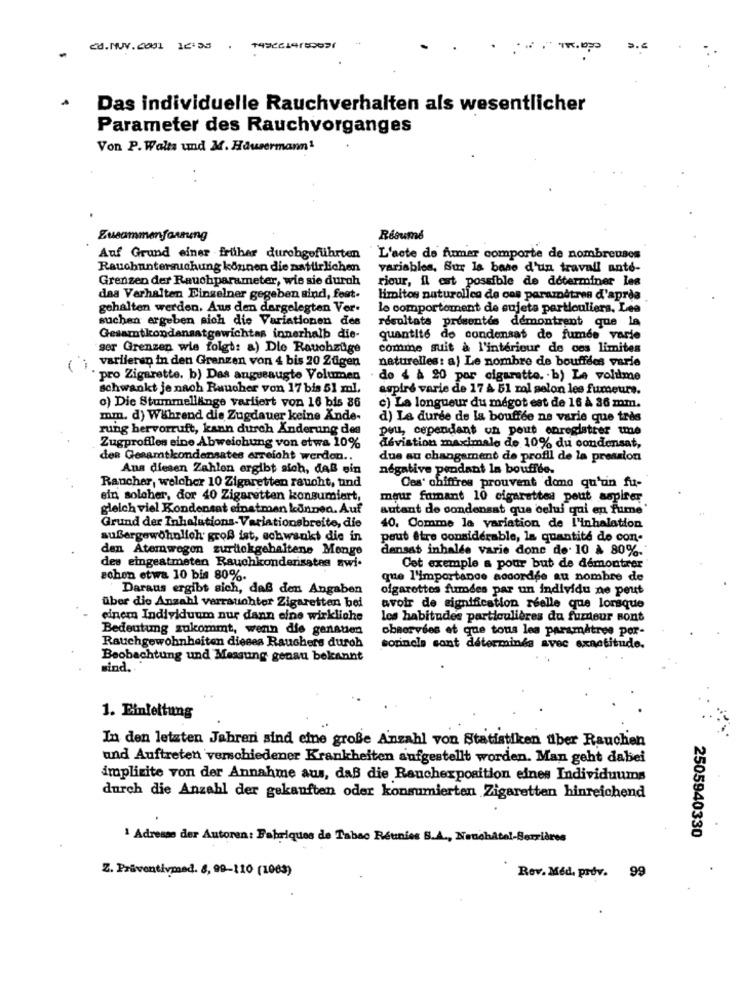
Das individuelle Rauchverhalten als wesentlicher
Parameter des Rauchvorganges
Von P. Walts und M. Hausermann1
Zusammenfassung
Résumé
Auf Grund einer früher durchgeführten
L'acte de fumer comporte de nombreuses
Rauchuntersuchung können die natürlichen
variables, Sur la base d'un travail ante-
Grenzen der Rauchparameter, wie sie durch
riour, il est possible de déterminer les
das Verhalten Einzelner gegeben sind, fest.
limitos naturolica de ces paramètres d'après
gehalten werden. Aus den dargelegten Vor.
le comportement de sujets particuliers, Lea
suchen ergeben sich die Variationen des
résultats presentes démontrent que la
Gesamtkondensatgewichtas innerhalb die-
quantité de condensat de fumée varie
ser Grenzen wie folgt: a) Die Rauchzüge
comme suit à l'intérieur de ces limites
variieren in den Grenzen von 4 bis 20 Zügen
naturelles: a) Le nombre de bouffées varie
pro Zigarette. b) Das angueaugte Volumen
do { à 20 por cigarette. b) Le volume
schwankt je nach Raucher von 17 bis 51 ml.
aspiré varie de 17 À 51 rol selon les fumeurs.
c) Die Stummellänge variiert von 16 bis 86
c) La longueur du mégot est de 16 À 36 mm.
mm. d) Während die Zugdauer keine Ande-
d) La durée de la bouffée ne varie que trds
rung hervorruft, kann durch Anderung des
peu, cependant un pout enregistrer une
Zugprofiles eine Abweichung von etwa 10%
déviation maximale de 10% du condensat,
den Gesamtkondensates erreicht werden ..
due au changement de profil de la pression
Ans diesen Zahlen ergibt sich, daß ein
négative pendant la bouffée.
Raucher, welcher 10 Zigaretten raucht, tind
Ces' chiffres prouvent done qu'un fu-
ein solcher, dor 40 Zigaretten konsumiert,
meur fumant 10 cigarettes pout aspirer
gleich viel Kondensat einatmen können. Auf
autant de condensat que celui qui en fume
Grund der Inhalations-Variationsbreite, die
40. Comme la variation de l'inhalation
außergewöhnlich groß ist, schwankt die in
peut être considérable, la quantité do con-
den Atemwegon zurttekgehaltene Menge
densat inhalde varie done de. 10 à 80%.
des eingeatmeten Rauchkondensatas awi.
Cet exemple a pour but de démontrer
schon etwa 10 bis 80%.
que l'importance accordée au nombre de
Daraus ergibt sich, daß den Angaben
ofgarottes fumdes par un individu ne peut
über die Anzahl varrauchter Zigaretten bei
avoir de signification réelle que lorsque
einem Individuum nur dann eine wirkliche
les habitudes particulières du furdeur sont
Bedeutung zukommt, wenn die genstien
observées et que tous les paramètres por-
Rauchgewohnheiten dieses Rauchers durch
corinela sant déterminés avec exactitude.
Beobachtung und Messung genau bekannt
sind ...
1. Einleitung
In den letzten Jahren sind eine große Anzahl von Statistiken über Rauchen
und Auftreten verschiedener Krankheiten aufgestellt worden. Man geht dabei
implizite von der Annahme aus, daß die Rauchexposition eines Individuums
durch die Anzahl der gekauften oder konsumierten Zigaretten hinreichend
1 Adresse der Autoren: Fabriques de Tabac Réunies S.A ., Noushatal-Berridres
2505940330
Z. Präventivmed. 8,99-110 (1003)
Rev. Med. prov. 99